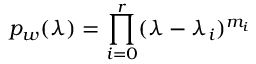
p _ { w } ( \lambda ) = \prod _ { i = 0 } ^ { r } ( \lambda - \lambda _ { i } ) ^ { m _ { i } }